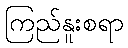
ကြည်နူးစရာ